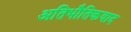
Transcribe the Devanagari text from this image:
अतिभौतिकवाद